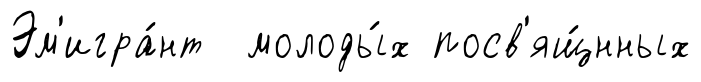
Эм'игра́нт молоды́х посв'ящ́нных